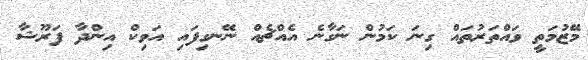
މޭޒުމަތީ ވައްތަރުތައް ގިނަ ކަމުން ނަގާނެ އެއްޗެއް ނޭނގިފައި އަވިކް އިންދާ ފަރޫޝާ